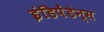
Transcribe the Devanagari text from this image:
इंडिपेंडेन्स